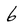
Character: 6